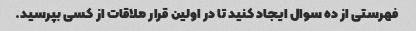
فهرستی از ده سوال ایجاد کنید تا در اولین قرار ملاقات از کسی بپرسید.